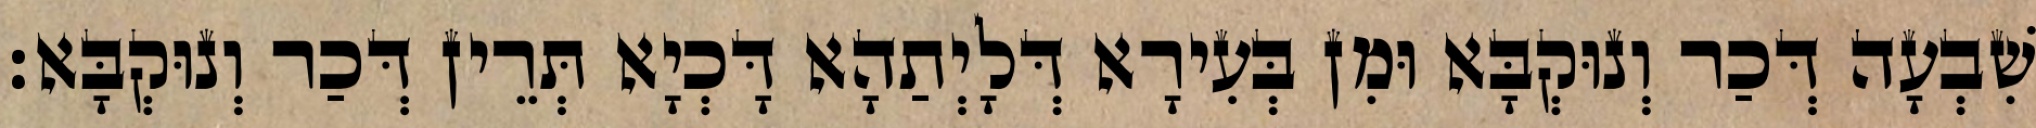
שִׁבְעָה דְּכַר וְנוּקְבָּא וּמִן בְּעִירָא דְּלָיְתַהָא דָּכְיָא תְּרֵין דְּכַר וְנוּקְבָּא׃